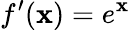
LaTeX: f^{\prime}(\mathbf{x})=e^{\mathbf{x}}